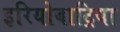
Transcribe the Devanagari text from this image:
इरियोबाट्रिया